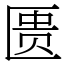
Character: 匮